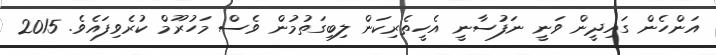
އަންހެން ގައިދީން ވަނީ ނަފުސާނީ އެހީތެރިކަން ލިބިގަތުމުން ވެސް މަހުރޫމް ކުރެވިފައެވެ. 2015